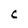
Character: C